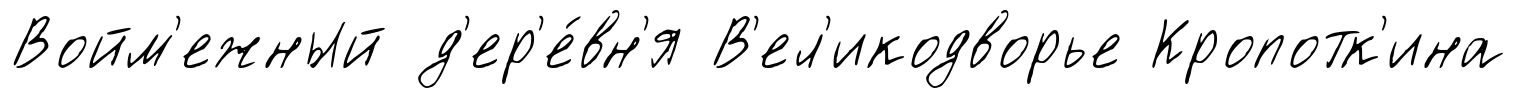
Войм'ежный д'ер'е́вн'я В'ел'икодворье Кропотк'ина